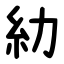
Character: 糼